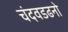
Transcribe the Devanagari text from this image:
चंदवडढनो